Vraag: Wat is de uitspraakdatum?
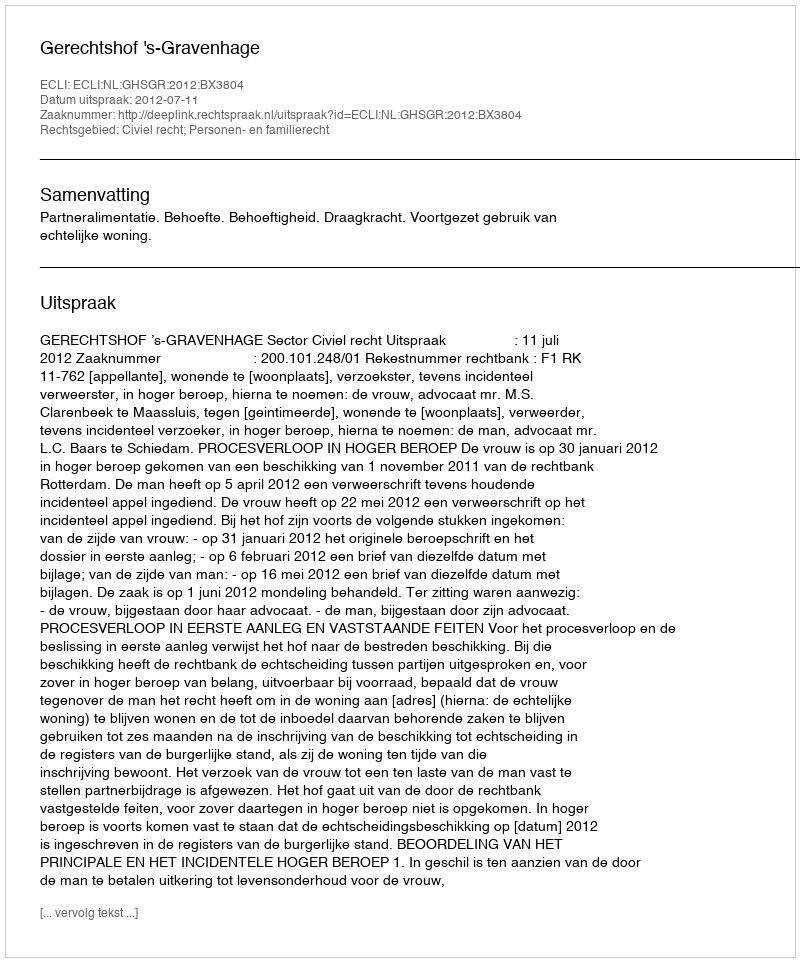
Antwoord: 2012-07-11